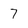
Character: 7